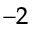
^ { - 2 }